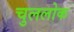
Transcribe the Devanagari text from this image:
चुललोक